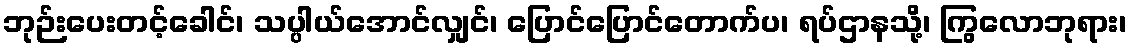
ဘုဉ်းပေးတင့်ခေါင်၊ သပ္ပါယ်အောင်လျှင်၊ ပြောင်ပြောင်တောက်ပ၊ ရပ်ဌာနသို့၊ ကြွလောဘုရား၊